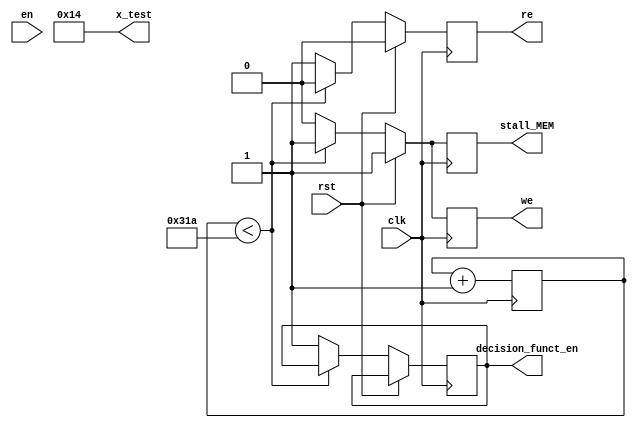
`timescale 1ns / 1ps

module mem_control #(parameter XLEN_PIXEL = 8, parameter NUM_OF_PIXELS = 784, parameter NUM_OF_SV = 10)
(input clk, rst, en,
output reg re, we, stall_MEM, 
output reg [XLEN_PIXEL-1:0]x_test,
output reg decision_funct_en);

reg [31:0] comp_count;
integer i=0;
//reg [XLEN_PIXEL-1:0] sv_load1, sv_load2;
initial begin
    re =0;
    we =1;
    comp_count=0;
    stall_MEM =0;
    decision_funct_en=0;
    x_test = 20;
    //sv_load1 = 13;
    //sv_load2 = 17;

end
//reg [XLEN_PIXEL-1:0] sv_load1;
//reg [XLEN_PIXEL-1:0] sv_load2;

//------------ SV Values for time being------------
/*always @(posedge clk) begin
    sv_load1 <= sv_load1+1;
    sv_load2 <= sv_load2+3;
    x_test <= x_test + 1;

    if(sv_load1 > 255) begin
        sv_load1 <= 0;
    end
    if(sv_load2 > 255) begin
        sv_load2 <=0;
    end
    if(x_test > 15) begin
        x_test <=10;
    end    */
    //$display ("x_test = %d", x_test);
    //$display ("sv_load1 = %d", sv_load1);
    //$display ("sv_load2 = %d", sv_load2);
//end
//-----------------------------------------------------

always @(posedge clk)begin
    if(rst) begin
        re <=0;
        we <=1;
        stall_MEM <=1;
    end else if(comp_count < NUM_OF_PIXELS+10) begin
        re <=0;
        we <=1;
        stall_MEM <=1;
    end else begin
    re <=1;
    we <=0;
    stall_MEM <=0;
    decision_funct_en <=1;
    end
    //$display("comp_count=%d stall_MEM = %d", comp_count, stall_MEM);
end

always @(posedge clk) begin

        comp_count <= comp_count + 1;
        //$display("comp_count = %d",comp_count);
end
endmodule